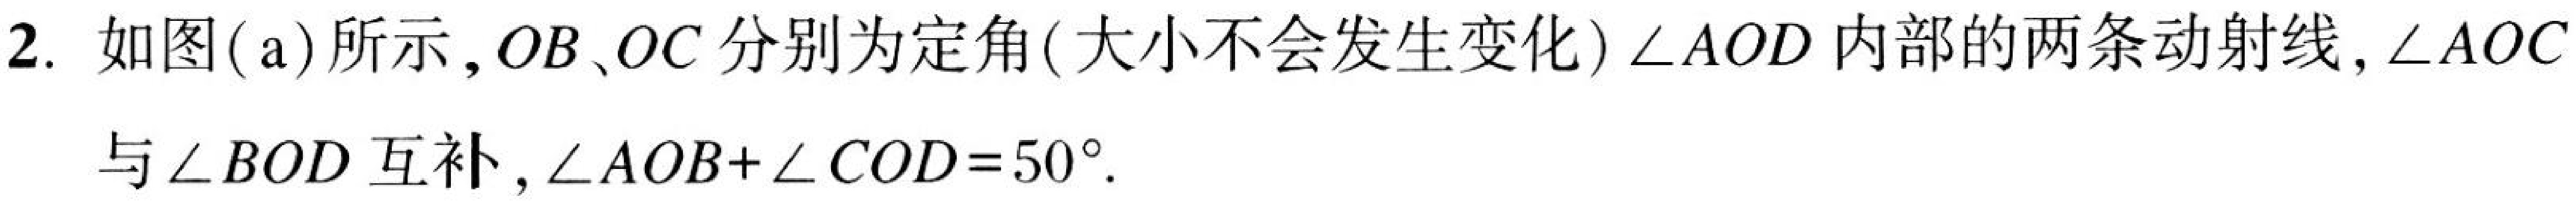
2. 如图(a)所示，$OB、OC$分别为定角(大小不会发生变化)$\angle AOD$内部的两条动射线，$\angle AOC$
与$\angle BOD$互补，$\angle AOB + \angle COD = 50^{\circ}$.